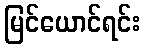
မြင်ယောင်ရင်း